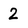
Character: 2